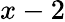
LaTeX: x-2